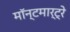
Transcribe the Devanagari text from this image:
मॉन्टमार्ट्रे